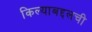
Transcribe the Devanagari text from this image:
किल्याबद्दलची